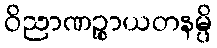
ဝိညာဏဉ္စာယတနမ္ပိ